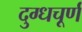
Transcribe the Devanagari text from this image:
दुग्धचूर्ण